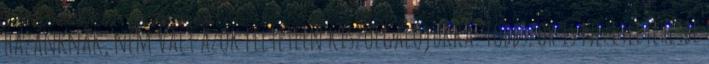
hazánknak, nem vált azok feltétlen kiszolgálójukká. Többször is nézeteltérésbe